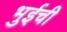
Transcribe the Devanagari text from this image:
भुईची